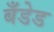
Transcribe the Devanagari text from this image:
बँडेड